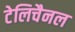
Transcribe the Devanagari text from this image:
टेलिचैनल